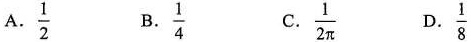
A.\frac{1}{2} B.\frac{1}{4} C.\frac{1}{2 \pi } D.\frac{1}{8}